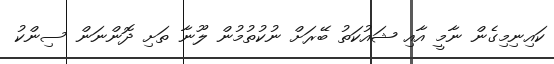
ކައިނިމިގެން ނާމީ އާއި ޝައުކަތު ބޭރަށް ނުކުތުމުން ލޫނާ ތަށި ދޮންނަން ސިންކު